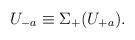
LaTeX: \begin{align*}U_{-a} \equiv \Sigma_+(U_{+a}). \end{align*}